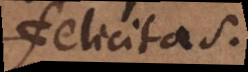
felicitas.